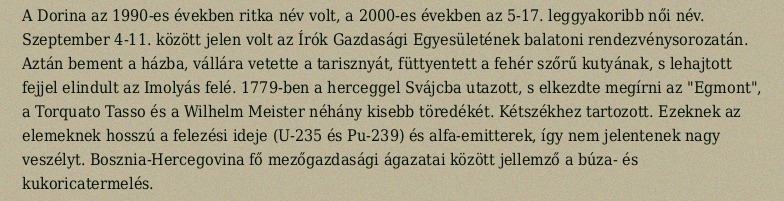
A Dorina az 1990-es években ritka név volt, a 2000-es években az 5-17. leggyakoribb női név. Szeptember 4-11. között jelen volt az Írók Gazdasági Egyesületének balatoni rendezvénysorozatán. Aztán bement a házba, vállára vetette a tarisznyát, füttyentett a fehér szőrű kutyának, s lehajtott fejjel elindult az Imolyás felé. 1779-ben a herceggel Svájcba utazott, s elkezdte megírni az "Egmont", a Torquato Tasso és a Wilhelm Meister néhány kisebb töredékét. Kétszékhez tartozott. Ezeknek az elemeknek hosszú a felezési ideje (U-235 és Pu-239) és alfa-emitterek, így nem jelentenek nagy veszélyt. Bosznia-Hercegovina fő mezőgazdasági ágazatai között jellemző a búza- és kukoricatermelés.